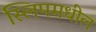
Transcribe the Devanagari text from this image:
स्लिपमधील